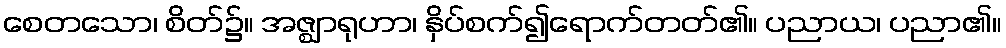
စေတသော၊ စိတ်၌။ အဇ္ဈာရုဟာ၊ နှိပ်စက်၍ရောက်တတ်၏။ ပညာယ၊ ပညာ၏။